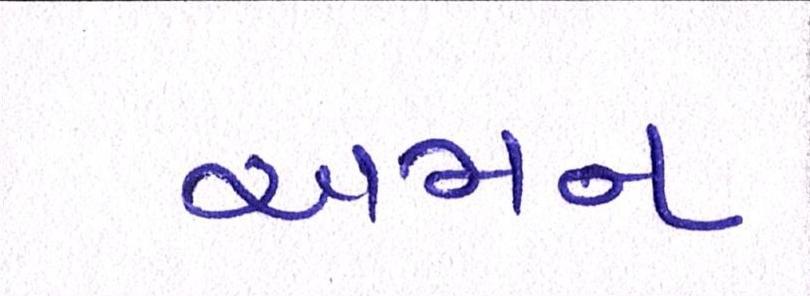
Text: અમન